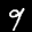
Label: 9